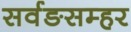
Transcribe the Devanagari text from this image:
सर्वङसम्हर